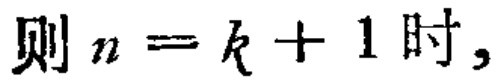
则 \(n = k + 1\) 时,